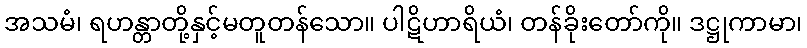
အသမံ၊ ရဟန္တာတို့နှင့်မတူတန်သော။ ပါဋိဟာရိယံ၊ တန်ခိုးတော်ကို။ ဒဋ္ဌုကာမာ၊